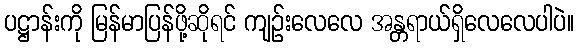
ပဋ္ဌာန်းကို မြန်မာပြန်ဖို့ဆိုရင် ကျဉ်းလေလေ အန္တရာယ်ရှိလေလေပါပဲ။